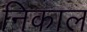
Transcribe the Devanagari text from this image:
निकाल